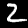
Label: 2